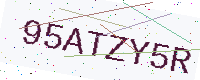
Text: 95ATZY5R